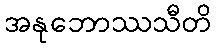
အနုဘောဿသီတိ